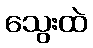
သွေးထဲ